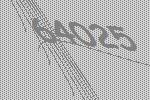
64025